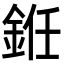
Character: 銋